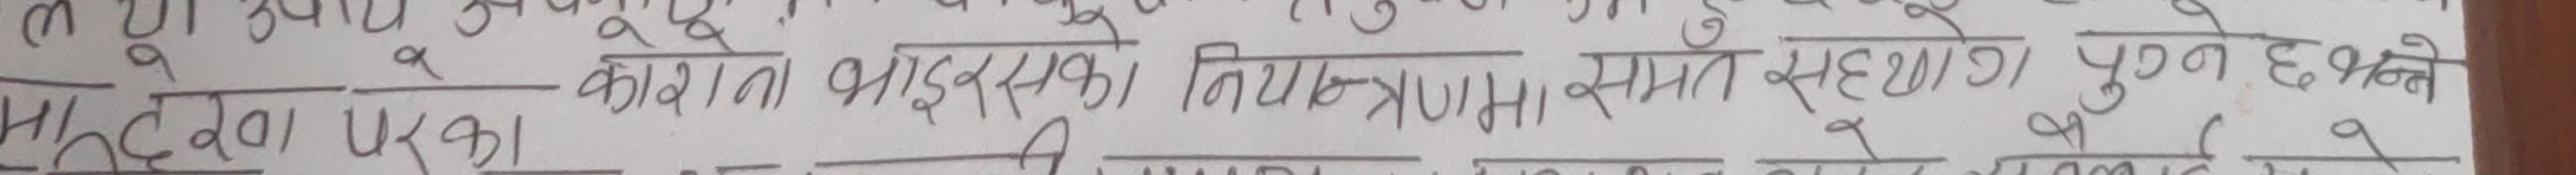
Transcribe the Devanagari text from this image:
मदद दवाउपायकोरोनो भाईरसको नियन्त्रणमा समेत सहयोगी हुनेछन् ।